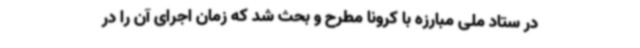
در ستاد ملی مبارزه با کرونا مطرح و بحث شد که زمان اجرای آن را در